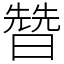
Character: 㬱